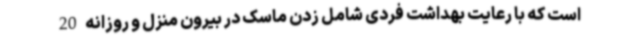
است که با رعایت بهداشت فردی شامل زدن ماسک در بیرون منزل و روزانه 20